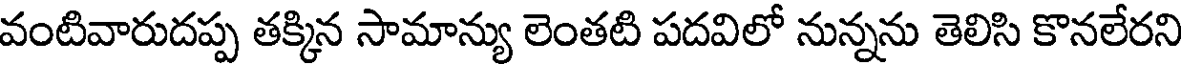
వంటివారుదప్ప తక్కిన సామాన్యు లెంతటి పదవిలో నున్నను తెలిసి కొనలేరని